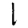
Digit: 1